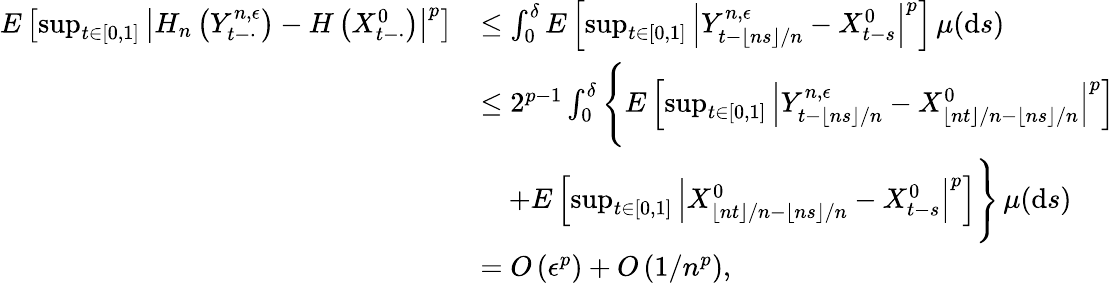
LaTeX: \begin{array}{rl}{E\left[\operatorname*{sup}_{t\in[0,1]}\left|H_{n}\left(Y_{t-\cdot}^{n,\epsilon}\right)-H\left(X_{t-\cdot}^{0}\right)\right|^{p}\right]}&{\leq\int_{0}^{\delta}E\left[\operatorname*{sup}_{t\in[0,1]}\left|Y_{t-\lfloor ns\rfloor/n}^{n,\epsilon}-X_{t-s}^{0}\right|^{p}\right]\, \mu(\mathrm{d}s)}\\ &{\leq 2^{p-1}\int_{0}^{\delta}\Bigg\{ E\left[\operatorname*{sup}_{t\in[0,1]}\left|Y_{t-\lfloor ns\rfloor/n}^{n,\epsilon}-X_{\lfloor nt\rfloor/n-\lfloor ns\rfloor/n}^{0}\right|^{p}\right]}\\ &{\quad+E\left[\operatorname*{sup}_{t\in[0,1]}\left|X_{\lfloor nt\rfloor/n-\lfloor ns\rfloor/n}^{0}-X_{t-s}^{0}\right|^{p}\right]\Bigg\} \, \mu(\mathrm{d}s)}\\ &{=O\left(\epsilon^{p}\right)+O\left(1/n^{p}\right),}\end{array}